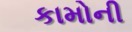
કામોની